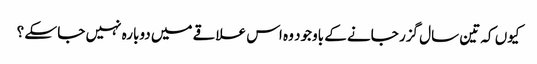
کیوں کہ تین سال گزر جانے کے باوجود وہ اس علاقے میں دوبارہ نہیں جا سکے ؟